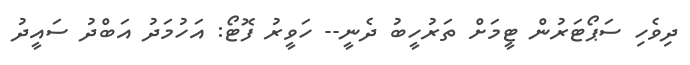
ދިވެހި ސަޕޯޓަރުން ޓީމަށް ތަރުހީބު ދެނީ-- ހަވީރު ފޮޓޯ: އަހުމަދު އަބްދު ސައީދު